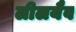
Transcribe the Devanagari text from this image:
लीलयैव